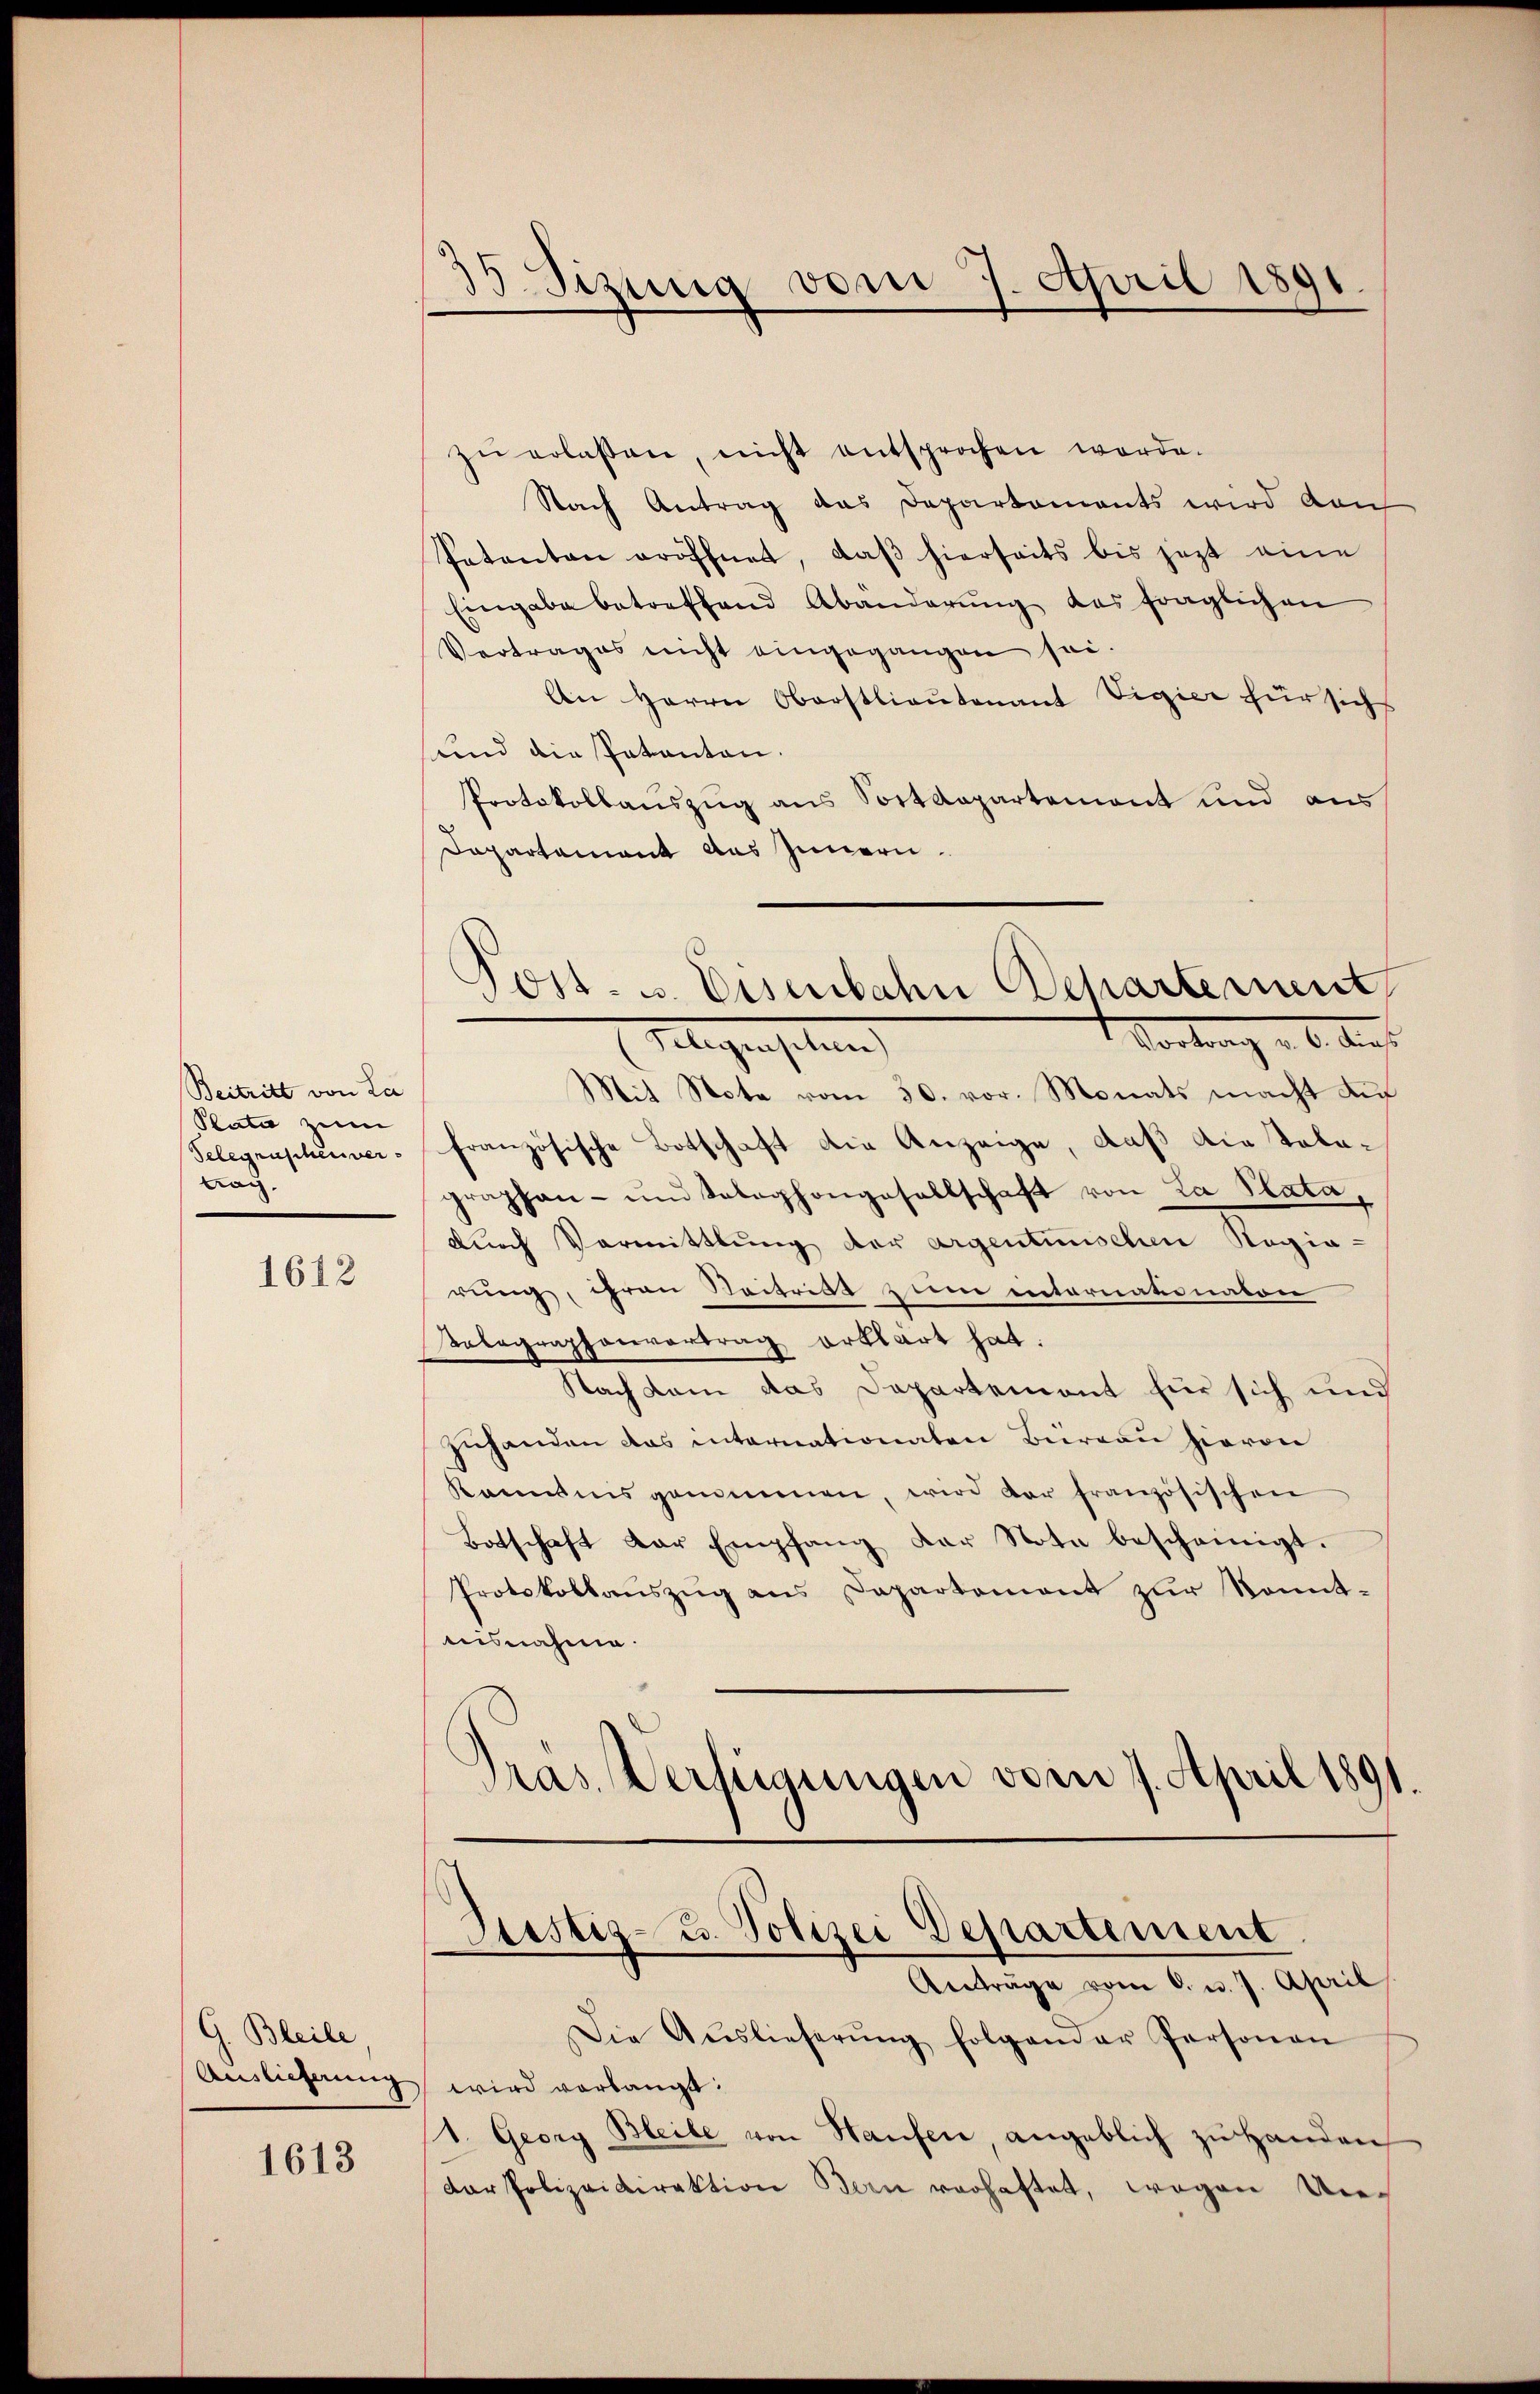
Beitritt von La
Plata zum
trag.

1612

G. Bleibe

1613

35 Sizung vom 7. April 1891.

zŭ erlassen, nicht entsprochen worde.
Nach Antrag das Departements wird danch
Patenten eröffnet, daß hierseits bis jezt eine
Eingabe betreffend Abänderŭng des fraglichen
Vertrages nicht eingegangen sei.
An Herrn Oberstlieutenant Vigier für sich
sund die Patenten.
Protokollauszug aus Sortepartemont und aus
Dapartement aus Innern.
Mit Note vom 30. vor. Monats macht auf
Selegraphenver- französische Botschaft die Anzeige, daß die Talagraphen- und Seloghongesellschaft von La Plata,
durch Vormittlung der argentunischen Ragia-
rung, ihren Beitrikt zum entornationaten
Talagraphenvertrag erklärt hat:
Nach kam das Departement für sich und
zuhanden das internationaten Büreau hievon
kanntnis genommen, wird der französischen
Botschaft der Empfang der Note bescheinigt.
Protokollaŭszŭg ans Departement zur Kennt-
nisnahme.
Präs. Verfügungen vom 7. April 1891.

Post. u. Eisenbahn Departement
Vortrag v. 6. Auft
Flegensatzung

Justiz- u. Polizei Departement
Anträge vom 6. u. 7. April

Die Auslieferŭng folgender Personen
Auslieferung wird verlangt:
1. Geory Bleibe von Haufen, angeblich zŭ handen
Dar Polizeidirektion Bern vorhaftet, wegen Un¬